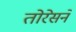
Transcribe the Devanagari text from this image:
तोरेसने